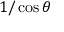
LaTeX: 1 / \cos \theta